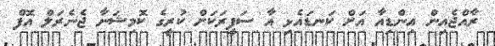
ރާއްޖެއިން އިންޑިއާ އަށް ކަނޑައެޅި އާާ ސަފީރަކަށް ކުރީގެ ކޮމިޝަނާ ޖެނެރަލް އޮފް